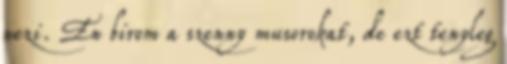
nezi. En birom a szenny musorokat, de ezt tenyleg